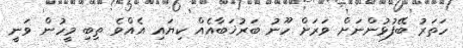
ހަތަރު ބޭފުޅުންނަށް ވަރަށް ހޫނު ބަރުޚަބާއެއް ކިޔައި އެއްވެ ތިބި މީހުން ވަނީ